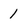
Character: 1